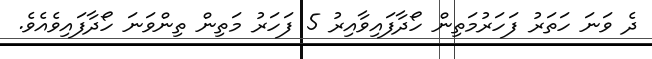
ދެ ވަނަ ހަތަރު ފަހަރުމަތިން ހޯދާފައިވާއިރު 5 ފަހަރު މަތިން ތިންވަނަ ހޯދާފައިވެއެވެ.